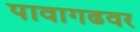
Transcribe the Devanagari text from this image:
पावागढवर